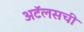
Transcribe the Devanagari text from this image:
अटॅलसची